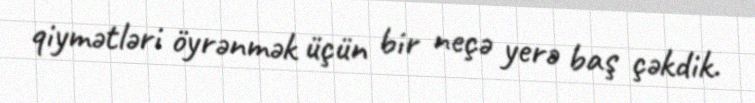
qiymətləri öyrənmək üçün bir neçə yerə baş çəkdik.